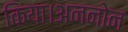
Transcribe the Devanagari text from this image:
किया।अननोन